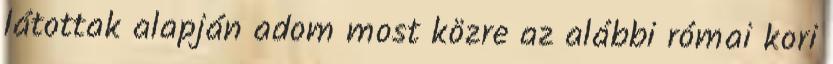
látottak alapján adom most közre az alábbi római kori